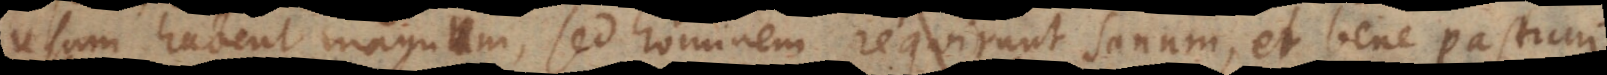
usum habent magnum, sed hominem requirunt sanum, et bene pastum.